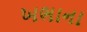
ખભાના